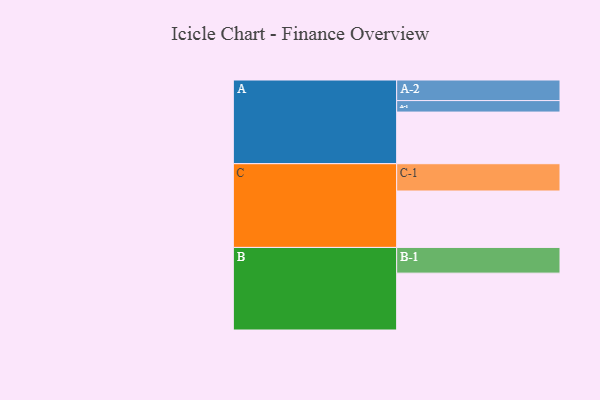
{"axis": {"x": "Segment", "y": "Value"}, "legend": ["", "A", "B", "C"], "data": [{"x": "A", "y": 454, "type": ""}, {"x": "B", "y": 500, "type": ""}, {"x": "C", "y": 496, "type": ""}, {"x": "A-1", "y": 101, "type": "A"}, {"x": "A-2", "y": 181, "type": "A"}, {"x": "B-1", "y": 226, "type": "B"}, {"x": "C-1", "y": 240, "type": "C"}]}